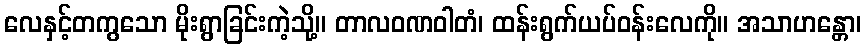
လေနှင့်တကွသော မိုးရွာခြင်းကဲ့သို့။ တာလဝဏဝါတံ၊ ထန်းရွက်ယပ်ဝန်းလေကို။ အသာဟန္တော၊